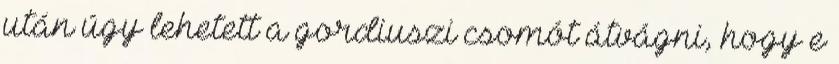
után úgy lehetett a gordiuszi csomót átvágni, hogy e